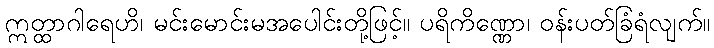
ဣတ္ထာဂါရေဟိ၊ မင်းမောင်းမအပေါင်းတို့ဖြင့်။ ပရိကိဏ္ဏော၊ ဝန်းပတ်ခြံရံလျက်။